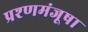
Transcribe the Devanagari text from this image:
प्रश्णमंजूषा